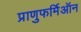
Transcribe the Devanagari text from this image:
प्राणुफर्मिऑन